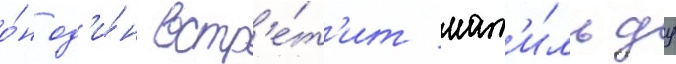
о́н од'и́н встр'е́т'ит мат'и́льду